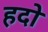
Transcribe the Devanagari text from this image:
हदो